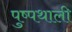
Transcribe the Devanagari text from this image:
पुष्पथाली